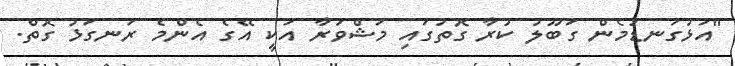
"އަޅުގަނޑުމެން ގަބޫލު ކުރާ ގޮތުގައި މަޝްވަރާ އަކީ އޭގެ އެންމެ ރަނގަޅު ގޮތް.